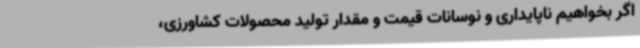
اگر بخواهیم ناپایداری و نوسانات قیمت و مقدار تولید محصولات کشاورزی،